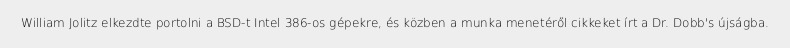
William Jolitz elkezdte portolni a BSD-t Intel 386-os gépekre, és közben a munka menetéről cikkeket írt a Dr. Dobb's újságba.